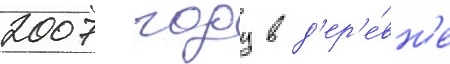
2007 году в д'ер'е́вн'е